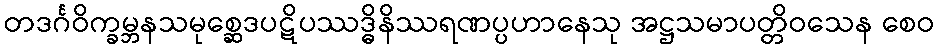
တဒင်္ဂဝိက္ခမ္ဘနသမုစ္ဆေဒပဋိပဿဒ္ဓိနိဿရဏပ္ပဟာနေသု အဋ္ဌသမာပတ္တိဝသေန စေဝ